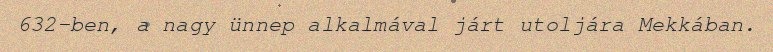
632-ben, a nagy ünnep alkalmával járt utoljára Mekkában.